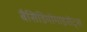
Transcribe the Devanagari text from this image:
बैसिडियोमाइसेट्स